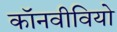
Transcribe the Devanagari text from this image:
कॉनवीवियो